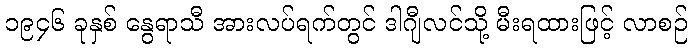
၁၉၄၆ ခုနှစ် နွေရာသီ အားလပ်ရက်တွင် ဒါဂျီလင်သို့ မီးရထားဖြင့် လာစဉ်